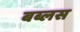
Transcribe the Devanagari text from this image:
बब्लस